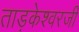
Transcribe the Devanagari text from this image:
ताड़केश्वरजी